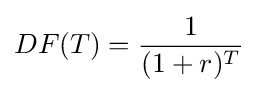
DF(T)={\frac {1}{(1+r)^{T}}}